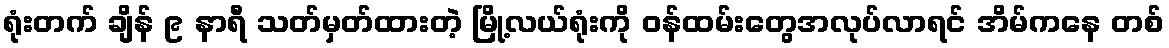
ရုံးတက် ချိန် ၉ နာရီ သတ်မှတ်ထားတဲ့ မြို့လယ်ရုံးကို ဝန်ထမ်းတွေအလုပ်လာရင် အိမ်ကနေ တစ်